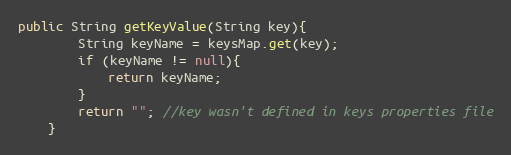
Language: Java
public String getKeyValue(String key){
        String keyName = keysMap.get(key);
        if (keyName != null){
            return keyName;
        }
        return ""; //key wasn't defined in keys properties file
    }